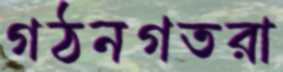
গঠনগতরা